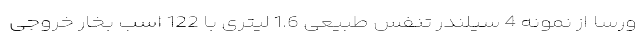
ورسا از نمونه 4 سیلندر تنفس طبیعی 1.6 لیتری با 122 اسب بخار خروجی